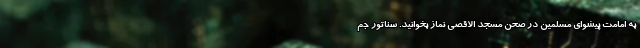
به امامت پیشوای مسلمین در صحن مسجد الاقصی نماز بخوانید. سناتور جم